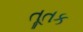
તૂતક